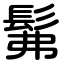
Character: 髴